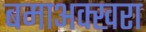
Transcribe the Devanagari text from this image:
बमाअक्खरा